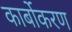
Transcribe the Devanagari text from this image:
कार्बोकरण